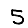
Digit: 5